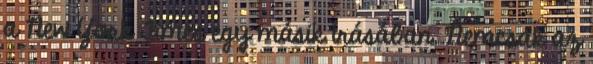
a New York Times egy másik írásában. Nemcsak az